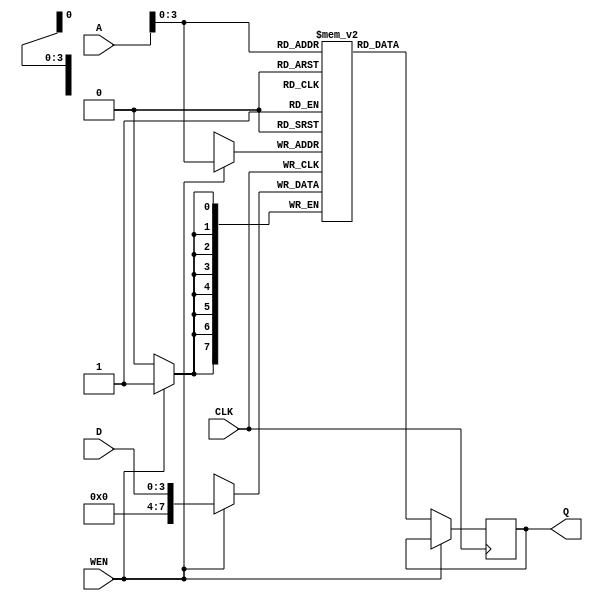
module sp_ram_16x8(A,D,CLK,WEN,Q);
input CLK;
input [7:0] A;
input [3:0] D;
input WEN;
output reg [7:0] Q;
  reg [7:0] mem [15:0];
always@(posedge CLK)
		begin
          if(WEN==1)
	mem[A] <=D;
	else
      Q<=mem[A];
		end
endmodule